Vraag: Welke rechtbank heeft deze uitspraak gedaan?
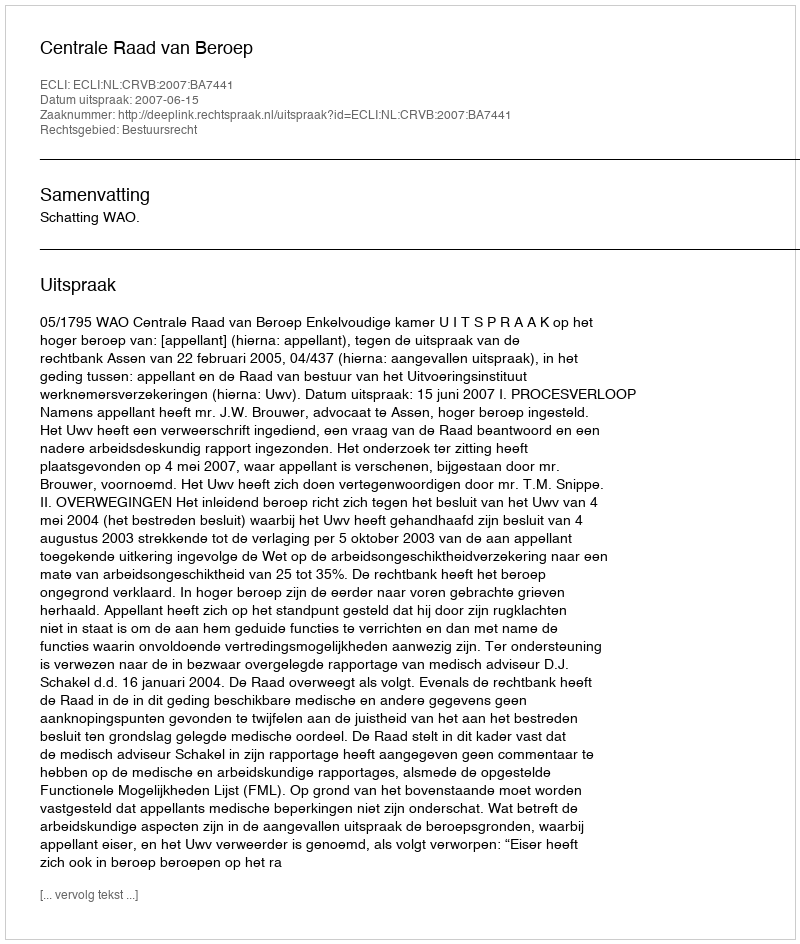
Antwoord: Centrale Raad van Beroep